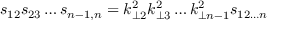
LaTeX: s _ { 1 2 } s _ { 2 3 } \ldots s _ { n - 1 , n } = k _ { \perp 2 } ^ { 2 } k _ { \perp 3 } ^ { 2 } \ldots k _ { \perp n - 1 } ^ { 2 } s _ { 1 2 \ldots n }